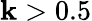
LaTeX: \mathbf{k}>0.5